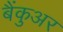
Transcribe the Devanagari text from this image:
बैंकुअर